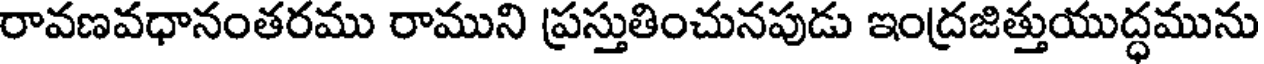
రావణవధానంతరము రాముని ప్రస్తుతించునపుడు ఇంద్రజిత్తుయుద్ధమును